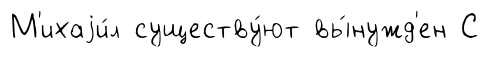
М'ихаjи́л существу́ют вы́нужд'ен С